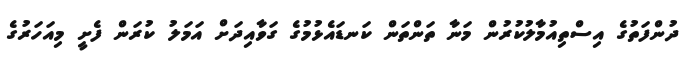
ދުންފަތުގެ އިސްތިއުމާލުކުރުން މަނާ ތަންތަން ކަނޑައެޅުމުގެ ގަވާއިދަށް އަމަލު ކުރަން ފެށީ މިއަހަރުގެ